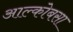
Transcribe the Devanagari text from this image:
आल्कोबसा